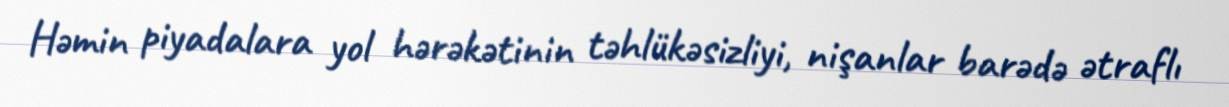
Həmin piyadalara yol hərəkətinin təhlükəsizliyi, nişanlar barədə ətraflı